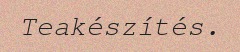
Teakészítés.